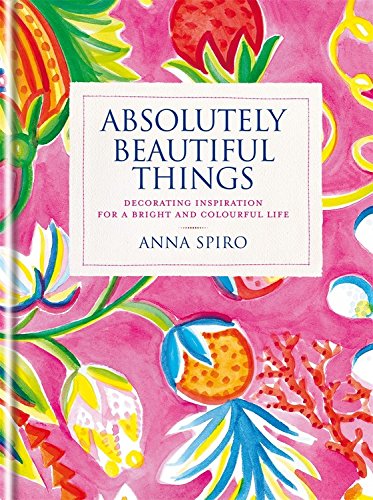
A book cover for Absolutely Beautiful Things: Decorating inspiration for a bright and colourful life; Anna Spiro; Crafts, Hobbies & Home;